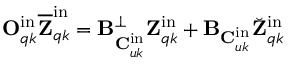
\mathbf { O } _ { q k } ^ { \mathrm { i n } } \overline { { \mathbf { Z } } } _ { q k } ^ { \mathrm { i n } } = \mathbf { B } _ { \mathbf { C } _ { u k } ^ { \mathrm { i n } } } ^ { \perp } \mathbf { Z } _ { q k } ^ { \mathrm { i n } } + \mathbf { B } _ { \mathbf { C } _ { u k } ^ { \mathrm { i n } } } \breve { \mathbf { Z } } _ { q k } ^ { \mathrm { i n } }